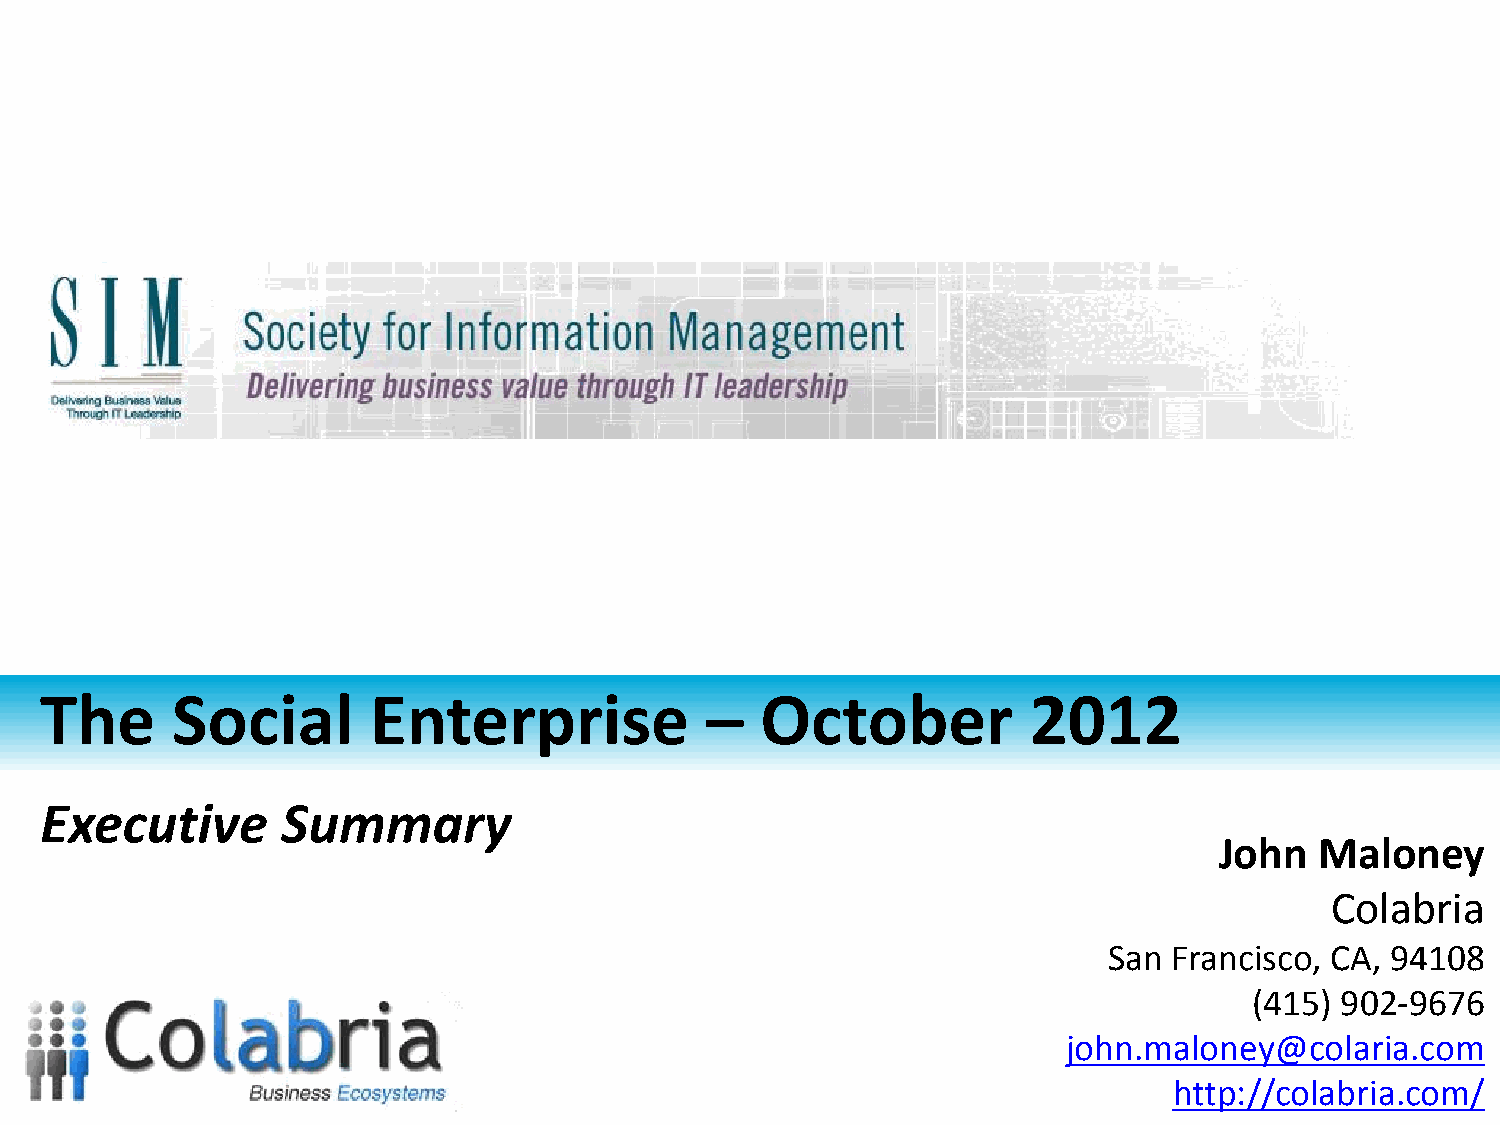
The     Social        Enterprise            –  October           2012
 Executive       Summary
 John  Maloney
 Colabria
 San  Francisco, CA, 94108
 (415) 902-9676
 john.maloney@colaria.com
 http://colabria.com/